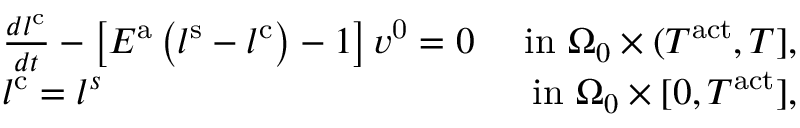
\begin{array} { r l r } & { \frac { d l ^ { \mathrm { c } } } { d t } - \left[ E ^ { \mathrm { a } } \left( l ^ { \mathrm { s } } - l ^ { \mathrm { c } } \right) - 1 \right] v ^ { \mathrm { 0 } } = 0 } & { \mathrm { ~ i n ~ } \Omega _ { 0 } \times ( T ^ { \mathrm { a c t } } , T ] , } \\ & { l ^ { \mathrm { c } } = l ^ { s } } & { \mathrm { ~ i n ~ } \Omega _ { 0 } \times [ 0 , T ^ { \mathrm { a c t } } ] , } \end{array}